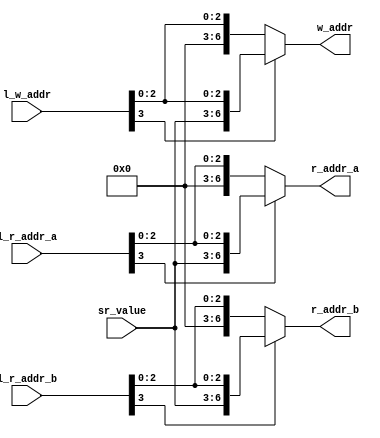
// Company           :   tud                      
//                    			
// Project Name      :   prz    
// Subproject Name   :   main    
// Description       :   <short description>            
//
// Last Change       :   $Date: 2017-06-17 17:54:14 +0200 (Sat, 17 Jun 2017) $
// by                :   $Author: ahes15 $                  			
//------------------------------------------------------------
`timescale 1ns/10ps
module address_generation_unit (
	r_addr_a,
	r_addr_b,
	w_addr,
	sr_value, 		//data stored in SR 	Connection: address_generation_unit <--- sr
	l_r_addr_a,
	l_r_addr_b,
	l_w_addr
	
);
	parameter ADDR=7;

	input [3:0] l_r_addr_a;
	input [3:0] l_r_addr_b;
	input [3:0] l_w_addr;
	input [3:0] sr_value;
	
	output [ADDR-1:0] r_addr_a;
	output [ADDR-1:0] r_addr_b;
	output [ADDR-1:0] w_addr;
	

	assign r_addr_a = (l_r_addr_a[3]) ? {sr_value,l_r_addr_a[2:0]} : {4'h0,l_r_addr_a[2:0]} ;
	assign r_addr_b = (l_r_addr_b[3]) ? {sr_value,l_r_addr_b[2:0]} : {4'h0,l_r_addr_b[2:0]} ;
	assign w_addr   = (l_w_addr[3]) ? {sr_value,l_w_addr[2:0]} : {4'h0,l_w_addr[2:0]} ;
	

endmodule